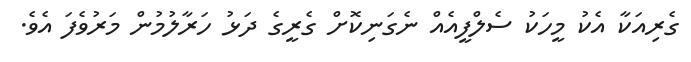
ގެރިއަކާ އެކު މީހަކު ސެލްފީއެއް ނެގަނިކޮށް ގެރީގެ ދަޅު ހަރާލުމުން މަރުވެފަ އެވެ.